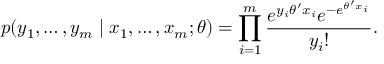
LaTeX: p ( y _ { 1 } , \ldots , y _ { m } \mid x _ { 1 } , \ldots , x _ { m } ; \theta ) = \prod _ { i = 1 } ^ { m } { \frac { e ^ { y _ { i } \theta ^ { \prime } x _ { i } } e ^ { - e ^ { \theta ^ { \prime } x _ { i } } } } { y _ { i } ! } } .